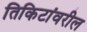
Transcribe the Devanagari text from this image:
तिकिटांवरील